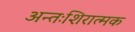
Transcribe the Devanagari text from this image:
अन्तःशिरात्मक